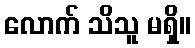
လောက် သိသူ မရှိ။